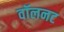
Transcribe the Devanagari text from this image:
वॉलनट